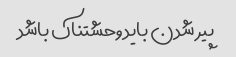
پیر شدن باید وحشتناک باشد